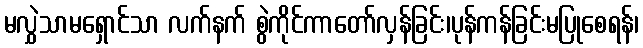
မလွှဲသာမရှောင်သာ လက်နက် စွဲကိုင်ကာတော်လှန်ခြင်း၊ပုန်ကန်ခြင်းမပြုစေရန်၊